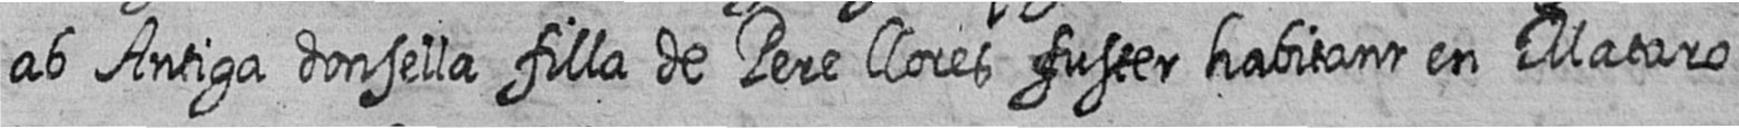
ab Antiga donsella filla de Pere llores fuster habitant en Mataro